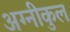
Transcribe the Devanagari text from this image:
अग्‍नीकुल